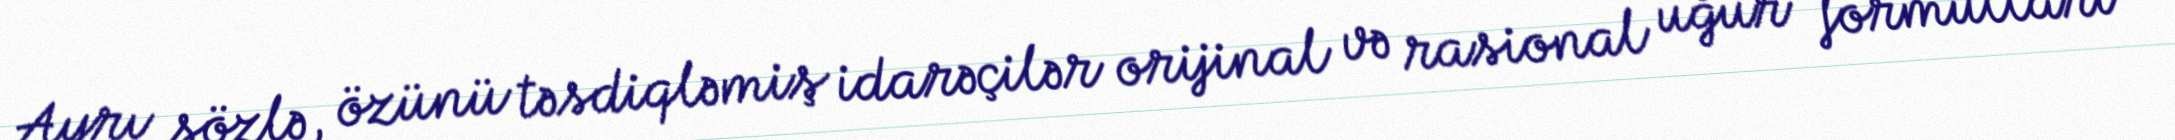
Ayrı sözlə, özünü təsdiqləmiş idarəçilər orijinal və rasional uğur formulları